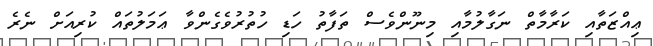
ޢިއްޒަތާއި ކަރާމާތް ނަގާލުމާއި މިނޫންވެސް ތަފާތު ހަޑި ހުތުރުވެގެންވާ ޢަމަލުތައް ކުރިއަށް ނެރެ